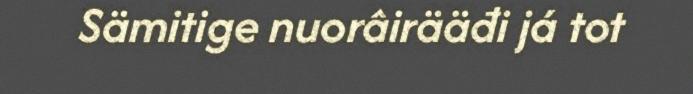
Sämitige nuorâirääđi já tot